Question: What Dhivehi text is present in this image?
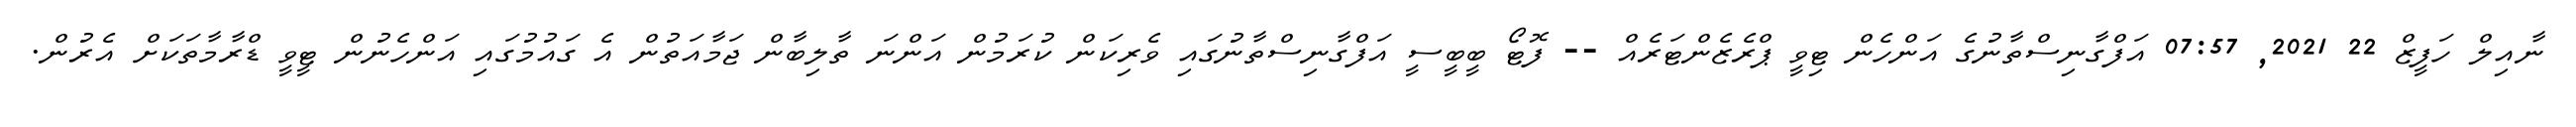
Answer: ނާއިލް ހަފީޒް 22 2021, 07:57 އަފްގާނިސްތާނުގެ އަންހެން ޓިވީ ޕްރެޒެންޓަރެއް -- ފޮޓޯ ބީބީސީ އަފްގާނިސްތާނުގައި ވެރިކަން ކުރަމުން އަންނަ ތާލިބާން ޖަމާއަތުން އެ ގައުމުގައި އަންހެނުން ޓީވީ ޑްރާމާތަކަށް އެރުން.